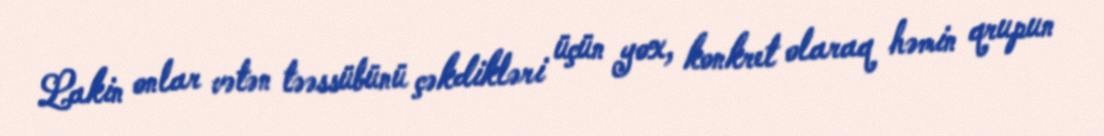
Lakin onlar vətən təəssübünü çəkdikləri üçün yox, konkret olaraq həmin qrupun